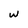
Character: w